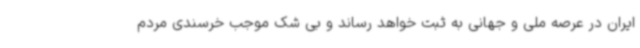
ایران در عرصه ملی و جهانی به ثبت خواهد رساند و بی شک موجب خرسندی مردم